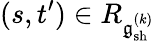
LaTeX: (s,t^{\prime})\in R_{\mathfrak{g}_{\mathrm{sh}}^{(k)}}